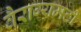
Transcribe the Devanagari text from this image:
वैराग्यमठी